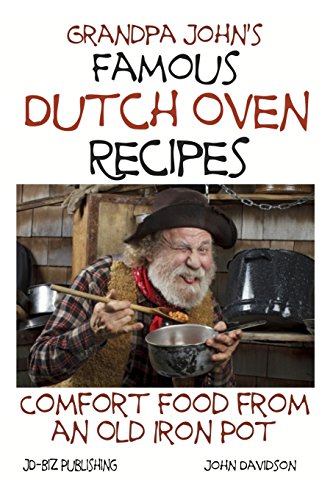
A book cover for Grandpa John's Famous Dutch Oven Recipes: Comfort Food from an Old Iron Pot (Health Learning Series) (Volume 72); John Davidson; Cookbooks, Food & Wine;